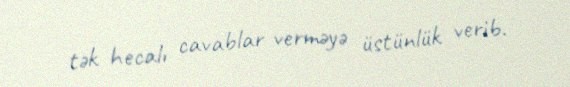
tək hecalı cavablar verməyə üstünlük verib.